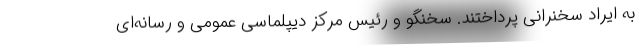
به ایراد سخنرانی پرداختند. سخنگو و رئیس مرکز دیپلماسی عمومی و رسانه‌ای